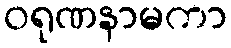
ဝရုဏနာမကာ